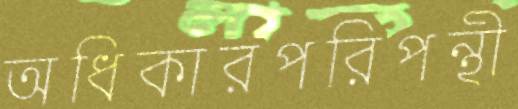
অধিকারপরিপন্থী